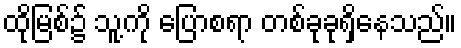
ထိုမြစ်၌ သူ့ကို ပြောစရာ တစ်ခုခုရှိနေသည်။